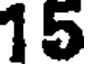
15